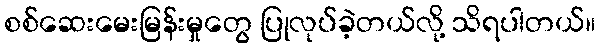
စစ်ဆေးမေးမြန်းမှုတွေ ပြုလုပ်ခဲ့တယ်လို့ သိရပါတယ်။